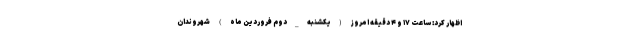
اظهار کرد: ساعت ۱۷ و ۴ دقیقه امروز (یکشنبه_دوم فروردین ماه) شهروندان